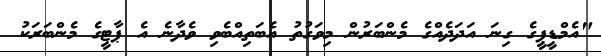
"އެމްޑީޕީގެ ގިނަ އަދަދެއްގެ މެންބަރުން މިވަގުތު އެބަތިއްބެވި ވެދާނެ އެ ޕާޓީގެ މެންބަރަކު